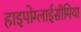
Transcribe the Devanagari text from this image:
हाइपोग्लाईसीमिया